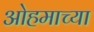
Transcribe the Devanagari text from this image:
ओहमाच्या